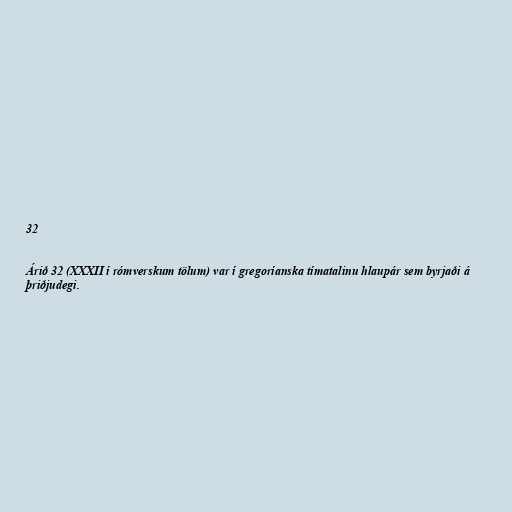
32

Árið 32 (XXXII í rómverskum tölum) var í gregoríanska tímatalinu hlaupár sem byrjaði á
þriðjudegi.